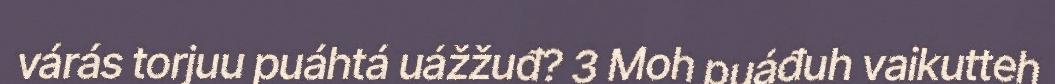
várás torjuu puáhtá uážžuđ? 3 Moh puáđuh vaikutteh